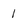
Character: 1